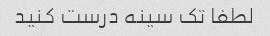
لطفا تک سینه درست کنید